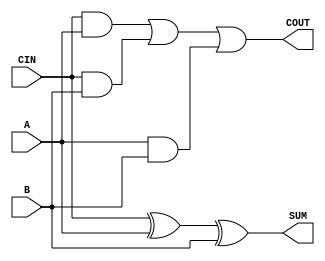
`timescale 1ns / 1ps
//////////////////////////////////////////////////////////////////////////////////
// Company: 
// Engineer: 
// 
// Design Name: 
// Module Name: Mbledhesi_1bit
// Project Name: 
// Target Devices: 
// Tool Versions: 
// Description: 
// 
// Dependencies: 
// 
// Revision:
// Revision 0.01 - File Created
// Additional Comments:
// 
//////////////////////////////////////////////////////////////////////////////////


module Mbledhesi_1bit(
    input A,
    input B,
    input CIN,
    output SUM,
    output COUT
    );
    
assign SUM = CIN ^ A ^ B;
assign COUT = CIN & A | CIN & B | A & B;
    
endmodule